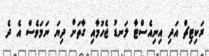
ރަކިޓިޗް އަދި އިނިއެސްޓާ ލަނޑު ޖެހުމާއި ގާތަށް ދިޔަ ނަމަވެސް އެ ދެ